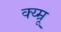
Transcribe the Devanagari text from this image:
क्य्म्रू